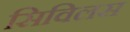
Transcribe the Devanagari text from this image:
सिविलस